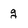
Character: g